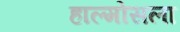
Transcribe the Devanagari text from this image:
हाल्मोसला